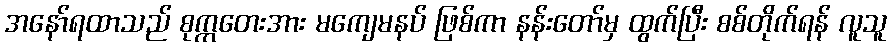
အနော်ရထာသည် စုက္ကတေးအား မကျေမနပ် ဖြစ်ကာ နန်းတော်မှ ထွက်ပြီး စစ်တိုက်ရန် လူသူ